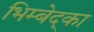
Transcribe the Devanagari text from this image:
भिम्बेद्का